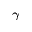
_ { \gamma }